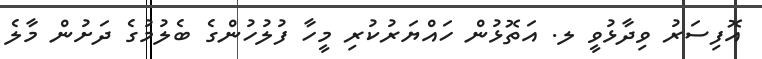
އޮފިސަރު ވިދާޅުވީ ލ. އަތޮޅުން ހައްޔަރުކުރި މީހާ ފުލުހުންގެ ބެލުމުގެ ދަށުން މާލެ